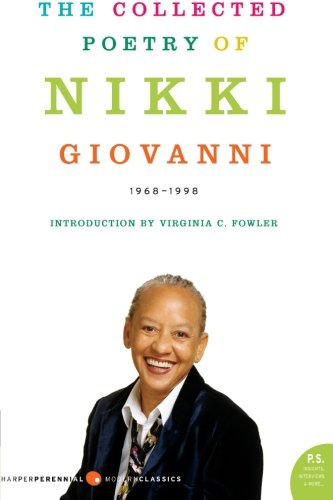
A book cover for The Collected Poetry of Nikki Giovanni: 1968-1998; Nikki Giovanni; Literature & Fiction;